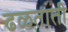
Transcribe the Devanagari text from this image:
ढळताती